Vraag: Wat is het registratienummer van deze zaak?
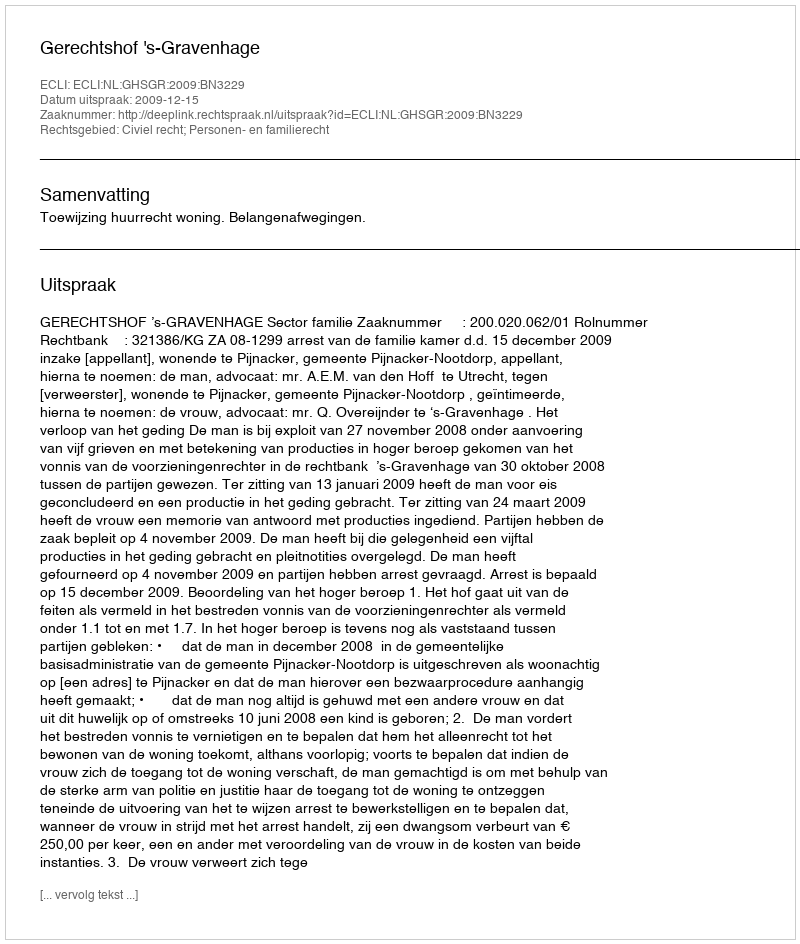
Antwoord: http://deeplink.rechtspraak.nl/uitspraak?id=ECLI:NL:GHSGR:2009:BN3229